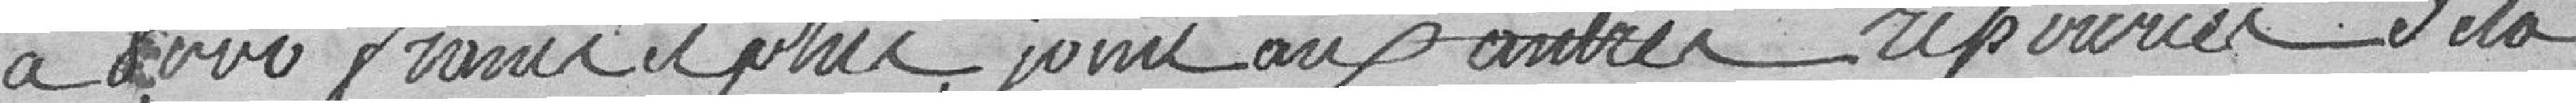
à deux francs et plus joint aux autres ressources de la